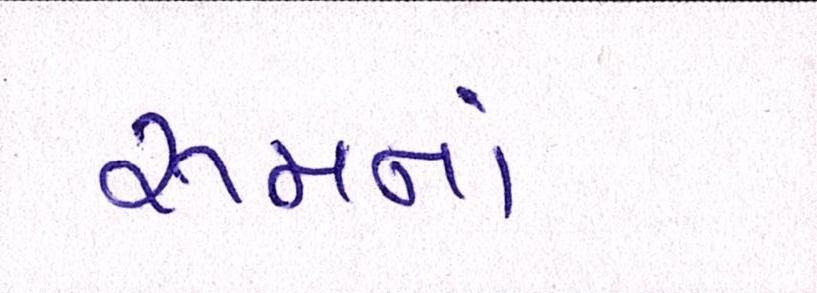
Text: રૂમનાં